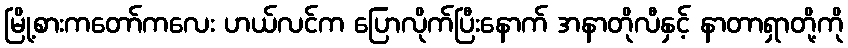
မြို့စားကတော်ကလေး ဟယ်လင်က ပြောလိုက်ပြီးနောက် အနာတိုလီနှင့် နာတာရှာတို့ကို